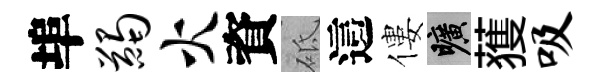
埠蠲火資砥這僂曠𫉬吸